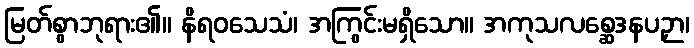
မြတ်စွာဘုရား၏။ နိရဝသေသံ၊ အကြွင်းမရှိသော။ အကုသလစ္ဆေဒနပဉှာ၊